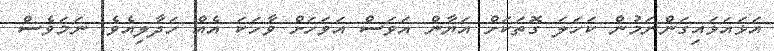
އަޅައަޅައިގަންނަމުން ކަހަލަ ގޮތަކަށް އަޔާން އަވަސް އަވަހަށް ވާހަކަ އެއް ހަދާލިއެވެ. ނަމަވެސް